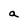
Character: a